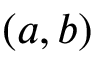
( a , b )